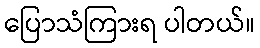
ပြောသံကြားရ ပါတယ်။